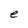
Character: e